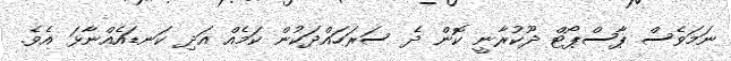
ނަމަވެސް ޕާސްޕޯޓް ދޫކުރާނީ ކޮން ދެ ސަރަހައްދަކުން ކަމެއް އަދި ކަނޑައެއްނާޅަ އެވެ.